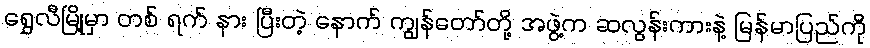
ရွှေလီမြို့မှာ တစ် ရက် နား ပြီးတဲ့ နောက် ကျွန်တော်တို့ အဖွဲ့က ဆလွန်းကားနဲ့ မြန်မာပြည်ကို